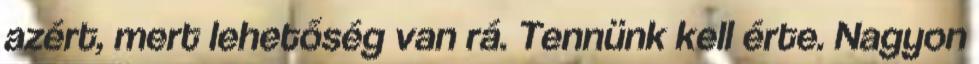
azért, mert lehetőség van rá. Tennünk kell érte. Nagyon